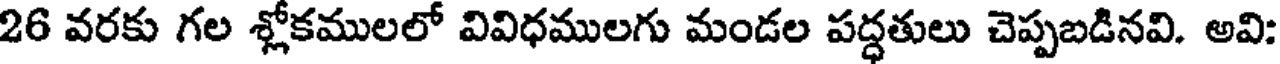
26 వరకు గల శ్లోకములలో వివిధములగు మండల పద్ధతులు చెప్పబడినవి. అవి: